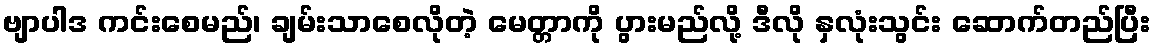
ဗျာပါဒ ကင်းစေမည်၊ ချမ်းသာစေလိုတဲ့ မေတ္တာကို ပွားမည်လို့ ဒီလို နှလုံးသွင်း ဆောက်တည်ပြီး